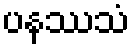
ပနဿသံ